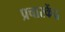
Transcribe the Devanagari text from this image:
प्रचारकेंद्र